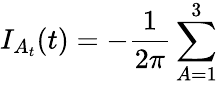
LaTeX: I_{A_{t}}(t)=-\frac{1}{2\pi}\sum_{A=1}^{3}